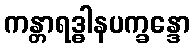
ကန္တာရဒ္ဓါနပက္ခန္ဒော